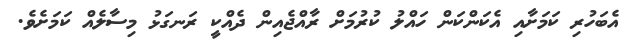
އެބަހުރި ކަމަށާއި އެކަންކަން ހައްލު ކުރުމަށް ރާއްޖެއިން ދެއްކީ ރަނގަޅު މިސާލެއް ކަމަށެވެ.